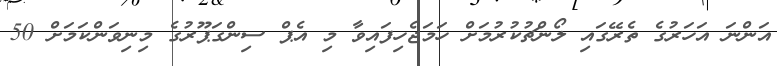
އަންނަ އަހަރުގެ ތެރޭގައި ލޯންޗުކުރުމަށް ހަމަޖެހިފައިވާ މި އެޕް ސިންގަޕޫރުގެ މިނިވަންކަމަށް 50